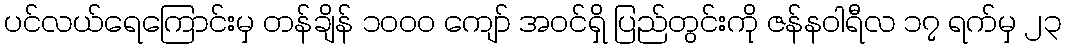
ပင်လယ်ရေကြောင်းမှ တန်ချိန် ၁ဝဝဝ ကျော် အဝင်ရှိ ပြည်တွင်းကို ဇန်နဝါရီလ ၁၇ ရက်မှ ၂၃